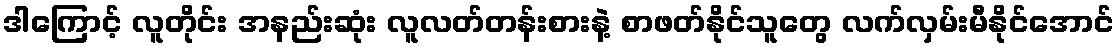
ဒါကြောင့် လူတိုင်း အနည်းဆုံး လူလတ်တန်းစားနဲ့ စာဖတ်နိုင်သူတွေ လက်လှမ်းမီနိုင်အောင်